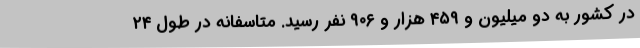
در کشور به دو میلیون و ۴۵۹ هزار و ۹۰۶ نفر رسید. متاسفانه در طول ۲۴